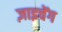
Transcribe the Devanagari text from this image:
ज़ाइचेंग